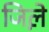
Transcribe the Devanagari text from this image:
जिले़